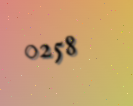
0258